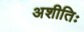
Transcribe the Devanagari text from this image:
अशीतिः